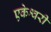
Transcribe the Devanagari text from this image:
एकेश्वरी